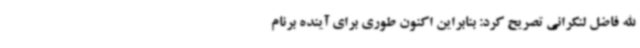
الله فاضل لنکرانی تصریح کرد: بنابراین اکنون طوری برای آینده برنام